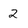
Character: 2